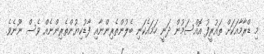
މި ޑްރާމާއަކަށް ތައުރީފު އޮއްސަމުން ދަނީ ހަމައެކަނި ބެލުންތެރިންނާއި ފާޑުކިޔުންތެރިންނެއް ވެސް ނޫނެވެ.